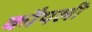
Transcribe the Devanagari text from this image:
कौपली